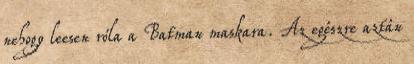
nehogy leesen róla a Batman maskara. Az egészre aztán